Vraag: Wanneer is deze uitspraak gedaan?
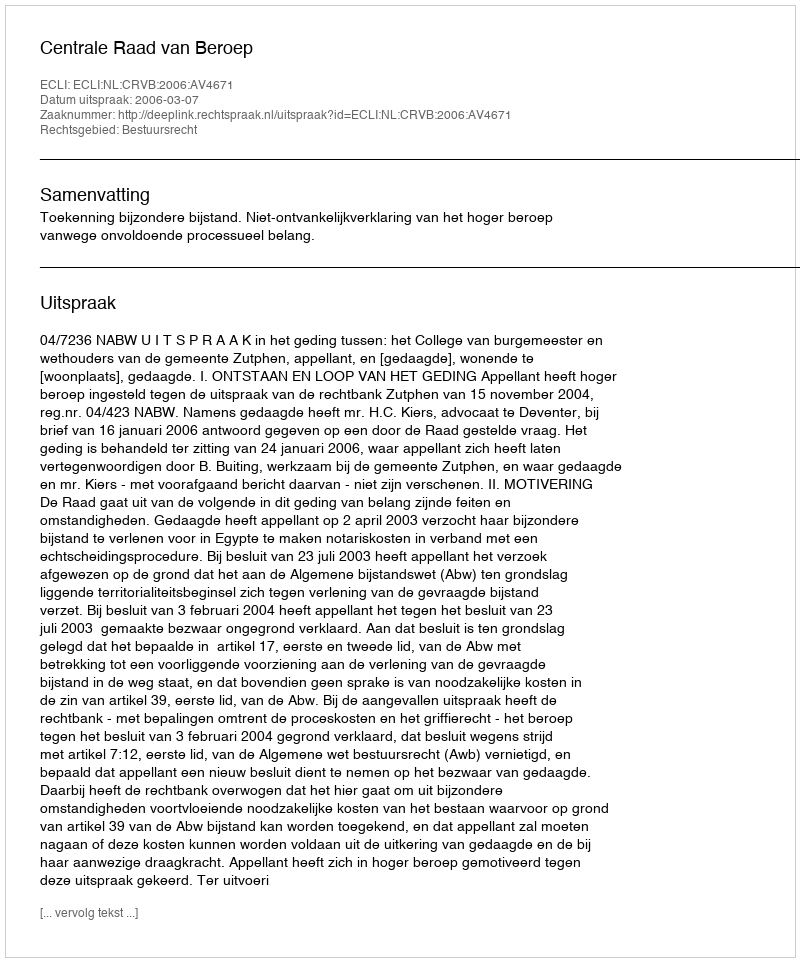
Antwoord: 2006-03-07